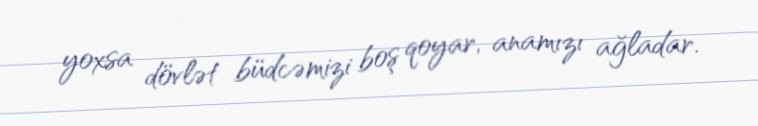
yoxsa dövlət büdcəmizi boş qoyar, anamızı ağladar.